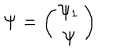
LaTeX: \Psi = \left( \begin{array} { c } { { \psi _ { 1 } } } \\ { { \psi } } \\ \end{array} \right)